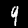
Digit: 9